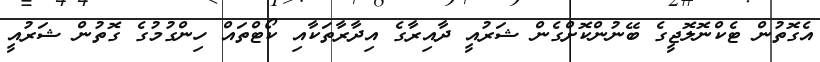
އެގޮތުން ޓެކްނޮލޮޖީގެ ބޭނުންކޮށްގެން ޝަރުއީ ދާއިރާގެ އިދާރާތަކާއި ކޯޓްތައް ހިންގުމުގެ ގޮތުން ޝަރުއީ